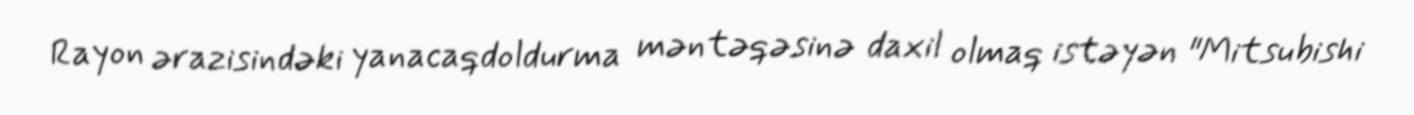
Rayon ərazisindəki yanacaqdoldurma məntəqəsinə daxil olmaq istəyən "Mitsubishi